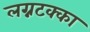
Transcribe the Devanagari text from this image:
लग्नटक्का